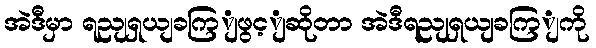
အဲဒီမှာ ရညျရှယျခကြျဖွင့ျဆိုတာ အဲဒီရညျရှယျခကြျကို